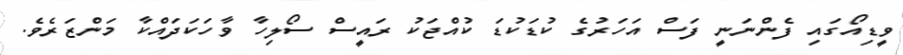
ވީޑިއޯގައި ފެންނަނީ ފަސް އަހަރުގެ ކުޑަކުޑަ ކުއްޖަކު ރައީސް ސޯލިހާ ވާހަކަދައްކާ މަންޒަރެވެ.